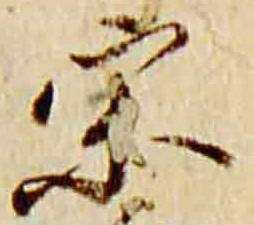
宗